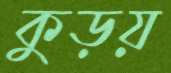
কুড়য়